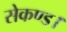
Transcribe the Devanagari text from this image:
सेकण्ड।